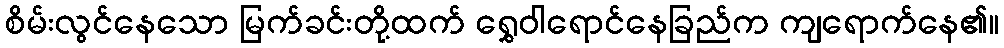
စိမ်းလွင်နေသော မြက်ခင်းတို့ထက် ရွှေဝါရောင်နေခြည်က ကျရောက်နေ၏။